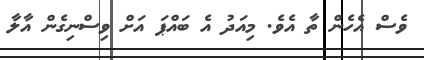
ވެސް އެހެން ތާ އެވެ. މިއަދު އެ ބައްޕަ އަށް ވިސްނިގެން އާލާ